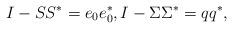
LaTeX: \begin{align*} I-SS^* = e_0 e_0^* , I-\Sigma\Sigma^* = qq^*,\end{align*}